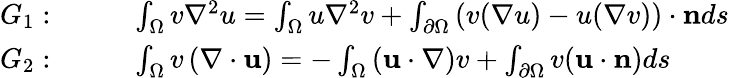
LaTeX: \begin{array}{rl}{G_{1}:}&{\quad\quad\int_{\Omega}v\nabla^{2}u=\int_{\Omega}u\nabla^{2}v+\int_{\partial\Omega}\left(v(\nabla u)-u(\nabla v)\right)\cdot\mathbf{n}ds\ }\\ {G_{2}:}&{\quad\quad\int_{\Omega}v\left(\nabla\cdot\mathbf{u}\right)=-\int_{\Omega}\left(\mathbf{u}\cdot\nabla\right)v+\int_{\partial\Omega}v(\mathbf{u}\cdot\mathbf{n})ds}\end{array}